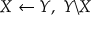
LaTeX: X \leftarrow Y , \; Y \backslash X